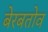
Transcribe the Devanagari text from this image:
बेरबतोव